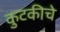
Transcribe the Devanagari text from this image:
कुटकीचे